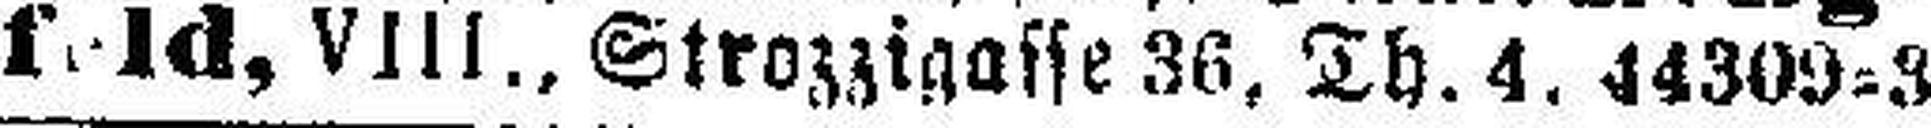
f. Id, VIII., Strozzigasse 36, Th. 4. 44309=3